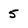
Character: 5